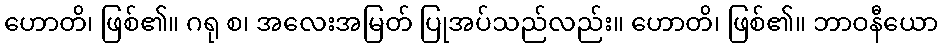
ဟောတိ၊ ဖြစ်၏။ ဂရု စ၊ အလေးအမြတ် ပြုအပ်သည်လည်း။ ဟောတိ၊ ဖြစ်၏။ ဘာဝနီယော